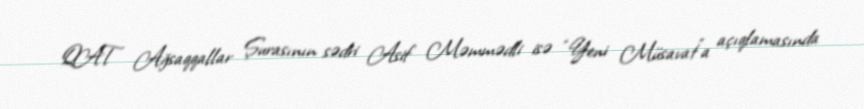
QAT Ağsaqqallar Şurasının sədri Asif Məmmədli isə “Yeni Müsavat”a açıqlamasında